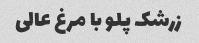
زرشک پلو با مرغ عالی